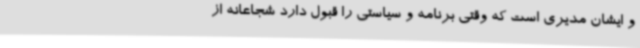
و ایشان مدیری است که وقتی برنامه و سیاستی را قبول دارد شجاعانه از